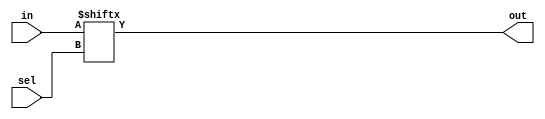
module top_module( 
    input [255:0] in,
    input [7:0] sel,
    output out );
    assign out = in[sel];

endmodule